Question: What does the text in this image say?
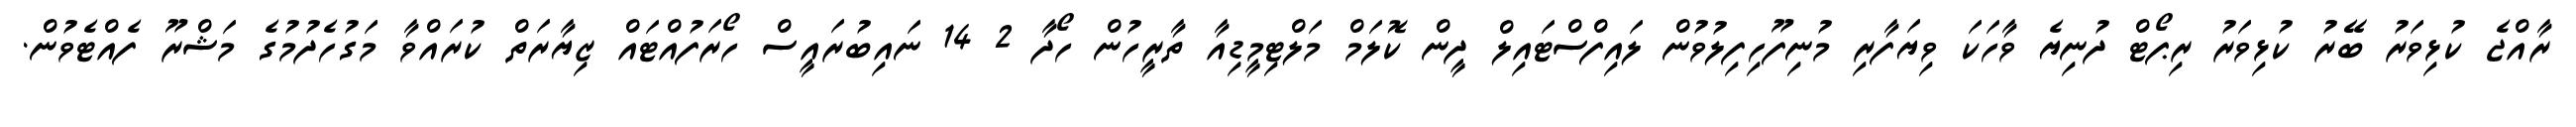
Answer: ރާއްޖެ ކުޅިވަރު ބޭރު ކުޅިވަރު ރިޕޯޓް ދުނިޔެ ވާހަކަ ވިޔަފާރި މުނިފޫހިފިލުވުން ލައިފްސްޓައިލް ދީން ކޮލަމް މަލްޓިމީޑިއާ ތާރީހުން ހޯދާ 2 14 ނައިބުރައީސް ހޯރަފުއްޓައް ޒިޔާރަތް ކުރައްވާ މަގުހެދުމުގެ މަޝްރޫ ފެއްޓެވުން.